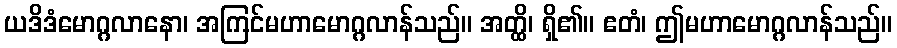
ယဒိဒံမောဂ္ဂလာနော၊ အကြင်မဟာမောဂ္ဂလာန်သည်။ အတ္ထိ၊ ရှိ၏။ ဧတံ၊ ဤမဟာမောဂ္ဂလာန်သည်။